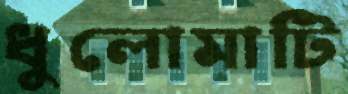
ধুলোমাটি